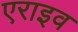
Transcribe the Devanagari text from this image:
एराइव